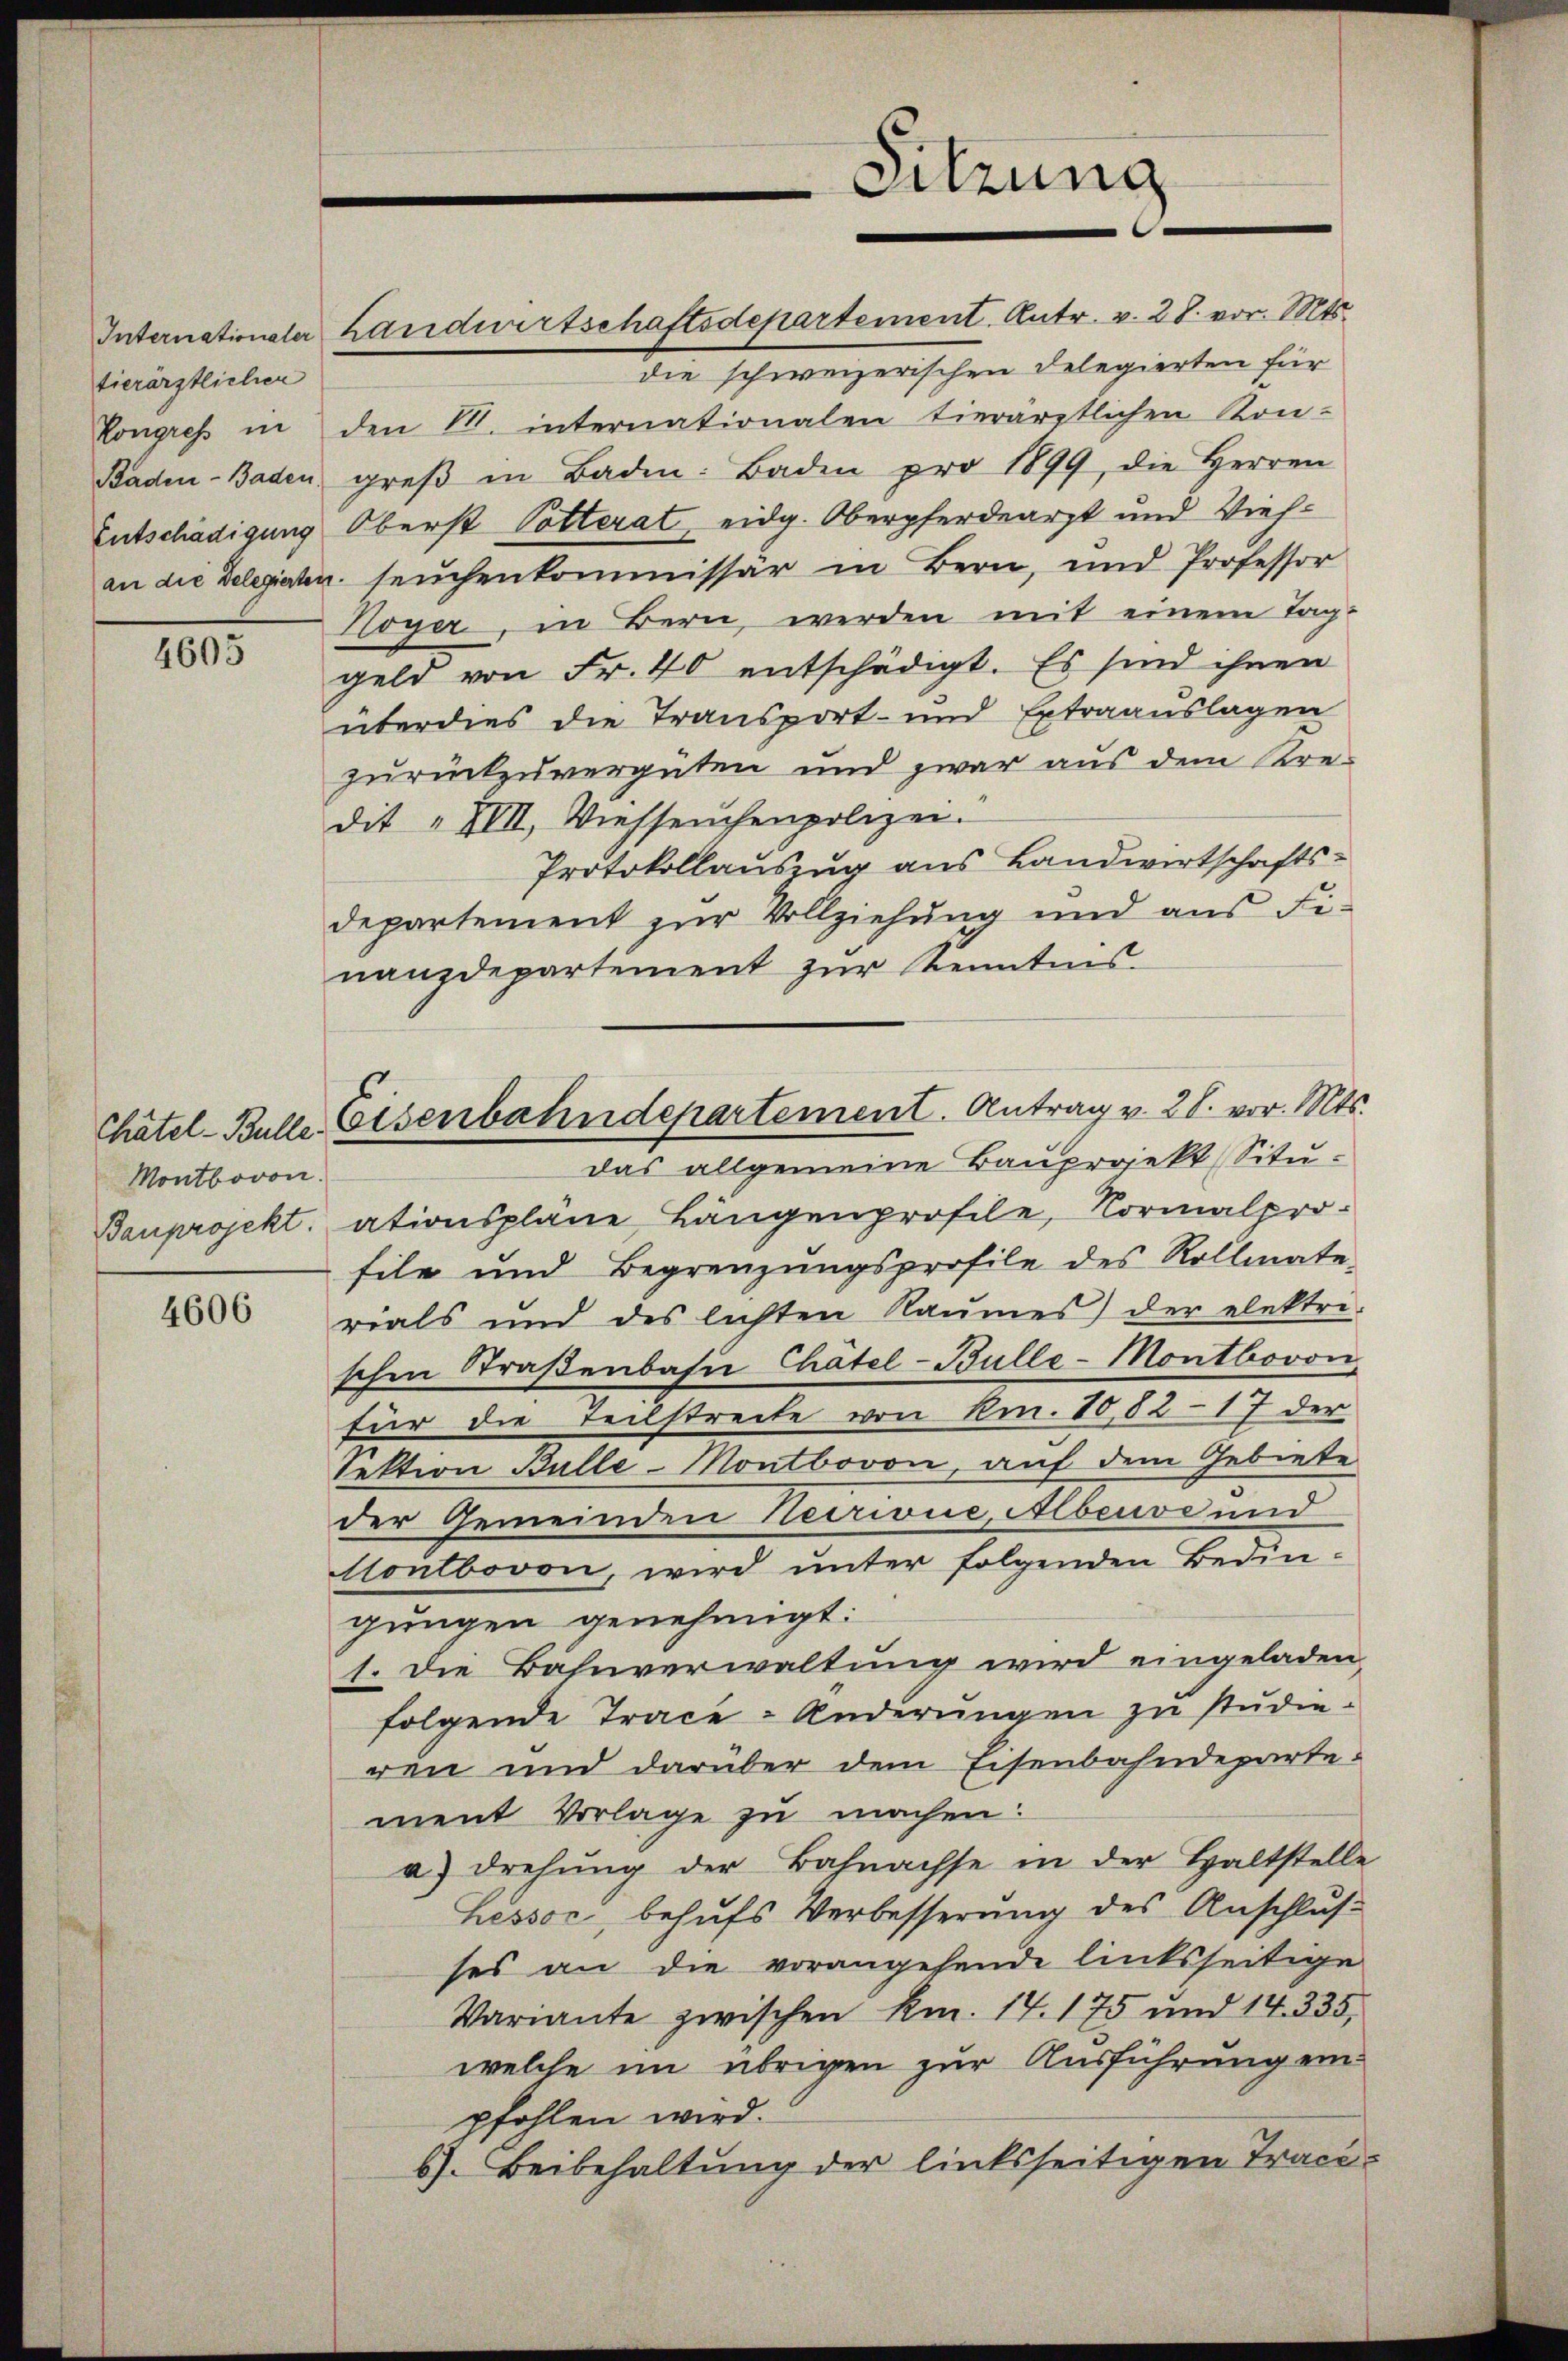
tierärztlicher
Kongress in

4605

Chatel- Bulle.
Montbovon

4606

Internationaler Landwirtschaftsdepartement. Antr. v. 28. vor. Mts.
die schweizerischen Delegierten für
den 1. internationalen tierärztlichen Kon-
Baden-Baden greβ in Baden: Baden pro 1899, die Herren
Entschädigung Oberst Potterat eidg. Oberpferdearzt und Viehan die Delegiaten seuchenkommissar in Bern, und Professor
Hoyer, in Bern werden mit einem Tag-
geld von Fr. 40 entschädigt. Es sind ihnen
überdies die Transport- und Extraauslagen
zurückzuvergüten und zwar aus dem Kre-
dit "IVII, Viehseuchenpolizei.
Protokollauszug aus Landwirtschaftsdepartement zur Vollziehung und aus Fi-
nanzdepartement zur Kenntnis.
das allgemeine Bauprojekt (Situ¬
Bauprojekt, ationspläne Längenprofile, Normalprofile und Begrenzungsprofile des Rollmate-
rials und des lichten Raumes der elektri-
schen Straßenbahn Chätel-Bulle-Montbovon
für die Teilstreite von Kr. 10,52-17 der
Sektion Bulle-Montbovon, auf dem Gebiete
der Gemeinden Necrione, Abende und
Montbovon, wird unter folgenden Bedingungen genehmigt:
1. Die Bahnverwaltung wird eingeladen,
folgende Trace Änderungen zu studieren und darüber dem Eisenbahndepartement Vorlage zu machen.
a) Drehung der Bahnachse in der Haltstelle
Lessor behufs Verbesserung des Anschlus
ses an die vorangehende linksseitige
Variante zwischen Km. 14. 175 und 14. 335,
welche im übrigen zur Ausführung einpfohlen wird.
6). Beibehaltung der linksseitigen Trace¬

Eisenbahndepartement. Antrag v. 28. vor. Mts.

Sitzung